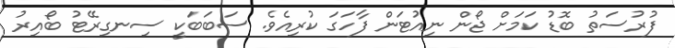
ފުރުސަތު ބޮޑު ކަމަށް ޖޯން ނިއުޓަން ފާހަގަ ކުރިއެވެ. ސަބަބަކީ ސިނގިރޭޓު ބޯއިރު